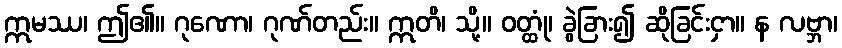
ဣမဿ၊ ဤ၏။ ဂုဏော၊ ဂုဏ်တည်း။ ဣတိ၊ သို့။ ဝတ္ထုံ၊ ခွဲခြား၍ ဆိုခြင်းငှာ။ န လဗ္ဘာ၊